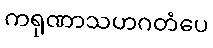
ကရုဏာသဟဂတံပေ